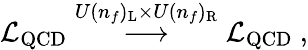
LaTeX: {\cal{L}}_{\mathrm{QCD}}\stackrel{U(n_{f})_{\mathrm{L}}\times U(n_{f})_{\mathrm{R}}}{\longrightarrow}{\cal{L}}_{\mathrm{QCD}}~,